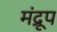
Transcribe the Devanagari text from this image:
मंद्रूप